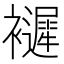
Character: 𧞽